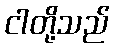
ငါတို့သည်